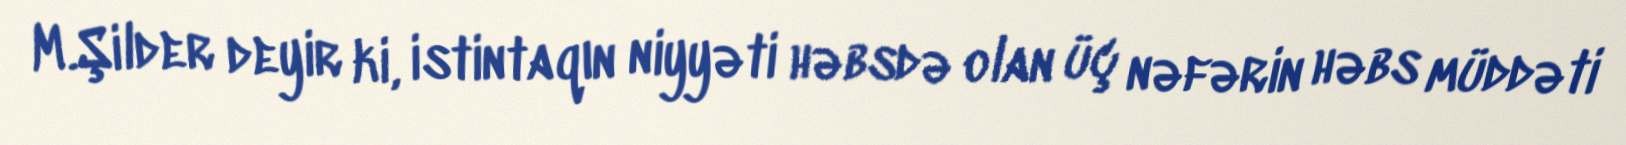
M.Şilder deyir ki, istintaqın niyyəti həbsdə olan üç nəfərin həbs müddəti